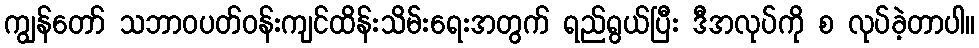
ကျွန်တော် သဘာဝပတ်ဝန်းကျင်ထိန်းသိမ်းရေးအတွက် ရည်ရွယ်ပြီး ဒီအလုပ်ကို စ လုပ်ခဲ့တာပါ။